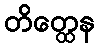
တိတ္ထေန